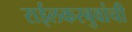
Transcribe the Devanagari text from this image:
राईलकरबुवांची